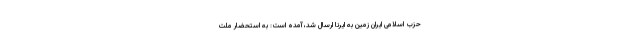
حزب اسلامی ایران زمین به ایرنا ارسال شد، آمده است: به استحضار ملت